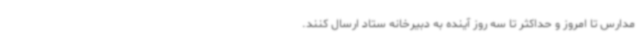
مدارس تا امروز و حداکثر تا سه روز آینده به دبیرخانه ستاد ارسال کنند.